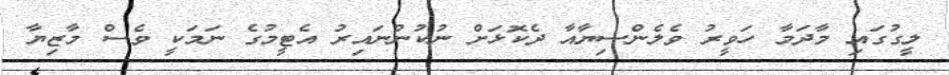
ލީގުގައި މާދަމާ ހަވީރު ވެލެންސިޔާއާ ދެކޮޅަށް ނުކުންނައިރު އެޓީމުގެ ނަމަކީ ވެސް މާޒިޔާ